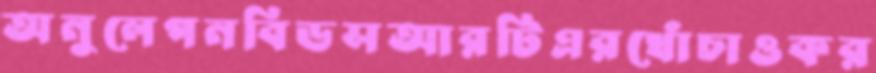
অনুলেপনবিডসআরটিএরখোঁচাওকর